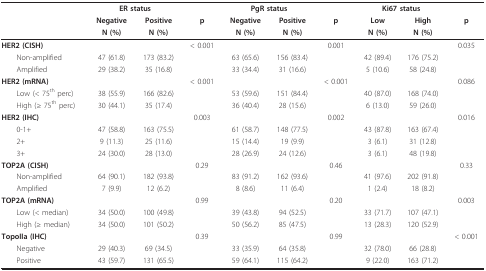
<table><thead><tr><td></td><td colspan="2"><b>ER status</b></td><td></td><td colspan="2"><b>PgR status</b></td><td></td><td colspan="2"><b>Ki67 status</b></td><td></td></tr><tr><td></td><td><b>Negative</b></td><td><b>Positive</b></td><td><b>p</b></td><td><b>Negative</b></td><td><b>Positive</b></td><td><b>p</b></td><td><b>Low</b></td><td><b>High</b></td><td><b>p</b></td></tr><tr><td></td><td><b>N (%)</b></td><td><b>N (%)</b></td><td></td><td><b>N (%)</b></td><td><b>N (%)</b></td><td></td><td><b>N (%)</b></td><td><b>N (%)</b></td><td></td></tr></thead><tbody><tr><td><b>HER2 (CISH)</b></td><td></td><td></td><td>&lt; 0.001</td><td></td><td></td><td>0.001</td><td></td><td></td><td>0.035</td></tr><tr><td> Non-amplified</td><td>47 (61.8)</td><td>173 (83.2)</td><td></td><td>63 (65.6)</td><td>156 (83.4)</td><td></td><td>42 (89.4)</td><td>176 (75.2)</td><td></td></tr><tr><td> Amplified</td><td>29 (38.2)</td><td>35 (16.8)</td><td></td><td>33 (34.4)</td><td>31 (16.6)</td><td></td><td>5 (10.6)</td><td>58 (24.8)</td><td></td></tr><tr><td><b>HER2 (mRNA)</b></td><td></td><td></td><td>&lt; 0.001</td><td></td><td></td><td>&lt; 0.001</td><td></td><td></td><td>0.086</td></tr><tr><td> Low (&lt; 75<sup>th </sup>perc)</td><td>38 (55.9)</td><td>166 (82.6)</td><td></td><td>53 (59.6)</td><td>151 (84.4)</td><td></td><td>40 (87.0)</td><td>168 (74.0)</td><td></td></tr><tr><td> High (≥ 75<sup>th </sup>perc)</td><td>30 (44.1)</td><td>35 (17.4)</td><td></td><td>36 (40.4)</td><td>28 (15.6)</td><td></td><td>6 (13.0)</td><td>59 (26.0)</td><td></td></tr><tr><td><b>HER2 (IHC)</b></td><td></td><td></td><td>0.003</td><td></td><td></td><td>0.002</td><td></td><td></td><td>0.016</td></tr><tr><td> 0-1+</td><td>47 (58.8)</td><td>163 (75.5)</td><td></td><td>61 (58.7)</td><td>148 (77.5)</td><td></td><td>43 (87.8)</td><td>163 (67.4)</td><td></td></tr><tr><td> 2+</td><td>9 (11.3)</td><td>25 (11.6)</td><td></td><td>15 (14.4)</td><td>19 (9.9)</td><td></td><td>3 (6.1)</td><td>31 (12.8)</td><td></td></tr><tr><td> 3+</td><td>24 (30.0)</td><td>28 (13.0)</td><td></td><td>28 (26.9)</td><td>24 (12.6)</td><td></td><td>3 (6.1)</td><td>48 (19.8)</td><td></td></tr><tr><td><b>TOP2A (CISH)</b></td><td></td><td></td><td>0.29</td><td></td><td></td><td>0.46</td><td></td><td></td><td>0.33</td></tr><tr><td> Non-amplified</td><td>64 (90.1)</td><td>182 (93.8)</td><td></td><td>83 (91.2)</td><td>162 (93.6)</td><td></td><td>41 (97.6)</td><td>202 (91.8)</td><td></td></tr><tr><td> Amplified</td><td>7 (9.9)</td><td>12 (6.2)</td><td></td><td>8 (8.6)</td><td>11 (6.4)</td><td></td><td>1 (2.4)</td><td>18 (8.2)</td><td></td></tr><tr><td><b>TOP2A (mRNA)</b></td><td></td><td></td><td>0.99</td><td></td><td></td><td>0.20</td><td></td><td></td><td>0.003</td></tr><tr><td> Low (&lt; median)</td><td>34 (50.0)</td><td>100 (49.8)</td><td></td><td>39 (43.8)</td><td>94 (52.5)</td><td></td><td>33 (71.7)</td><td>107 (47.1)</td><td></td></tr><tr><td> High (≥ median)</td><td>34 (50.0)</td><td>101 (50.2)</td><td></td><td>50 (56.2)</td><td>85 (47.5)</td><td></td><td>13 (28.3)</td><td>120 (52.9)</td><td></td></tr><tr><td><b>TopoIIa (IHC)</b></td><td></td><td></td><td>0.39</td><td></td><td></td><td>0.99</td><td></td><td></td><td>&lt; 0.001</td></tr><tr><td> Negative</td><td>29 (40.3)</td><td>69 (34.5)</td><td></td><td>33 (35.9)</td><td>64 (35.8)</td><td></td><td>32 (78.0)</td><td>66 (28.8)</td><td></td></tr><tr><td> Positive</td><td>43 (59.7)</td><td>131 (65.5)</td><td></td><td>59 (64.1)</td><td>115 (64.2)</td><td></td><td>9 (22.0)</td><td>163 (71.2)</td><td></td></tr></tbody></table>